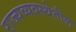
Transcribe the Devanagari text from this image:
राज्यव्यवस्थेतील